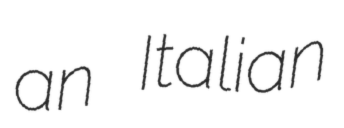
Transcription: an Italian